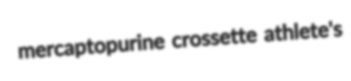
mercaptopurine crossette athlete's